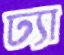
ঢ্যা